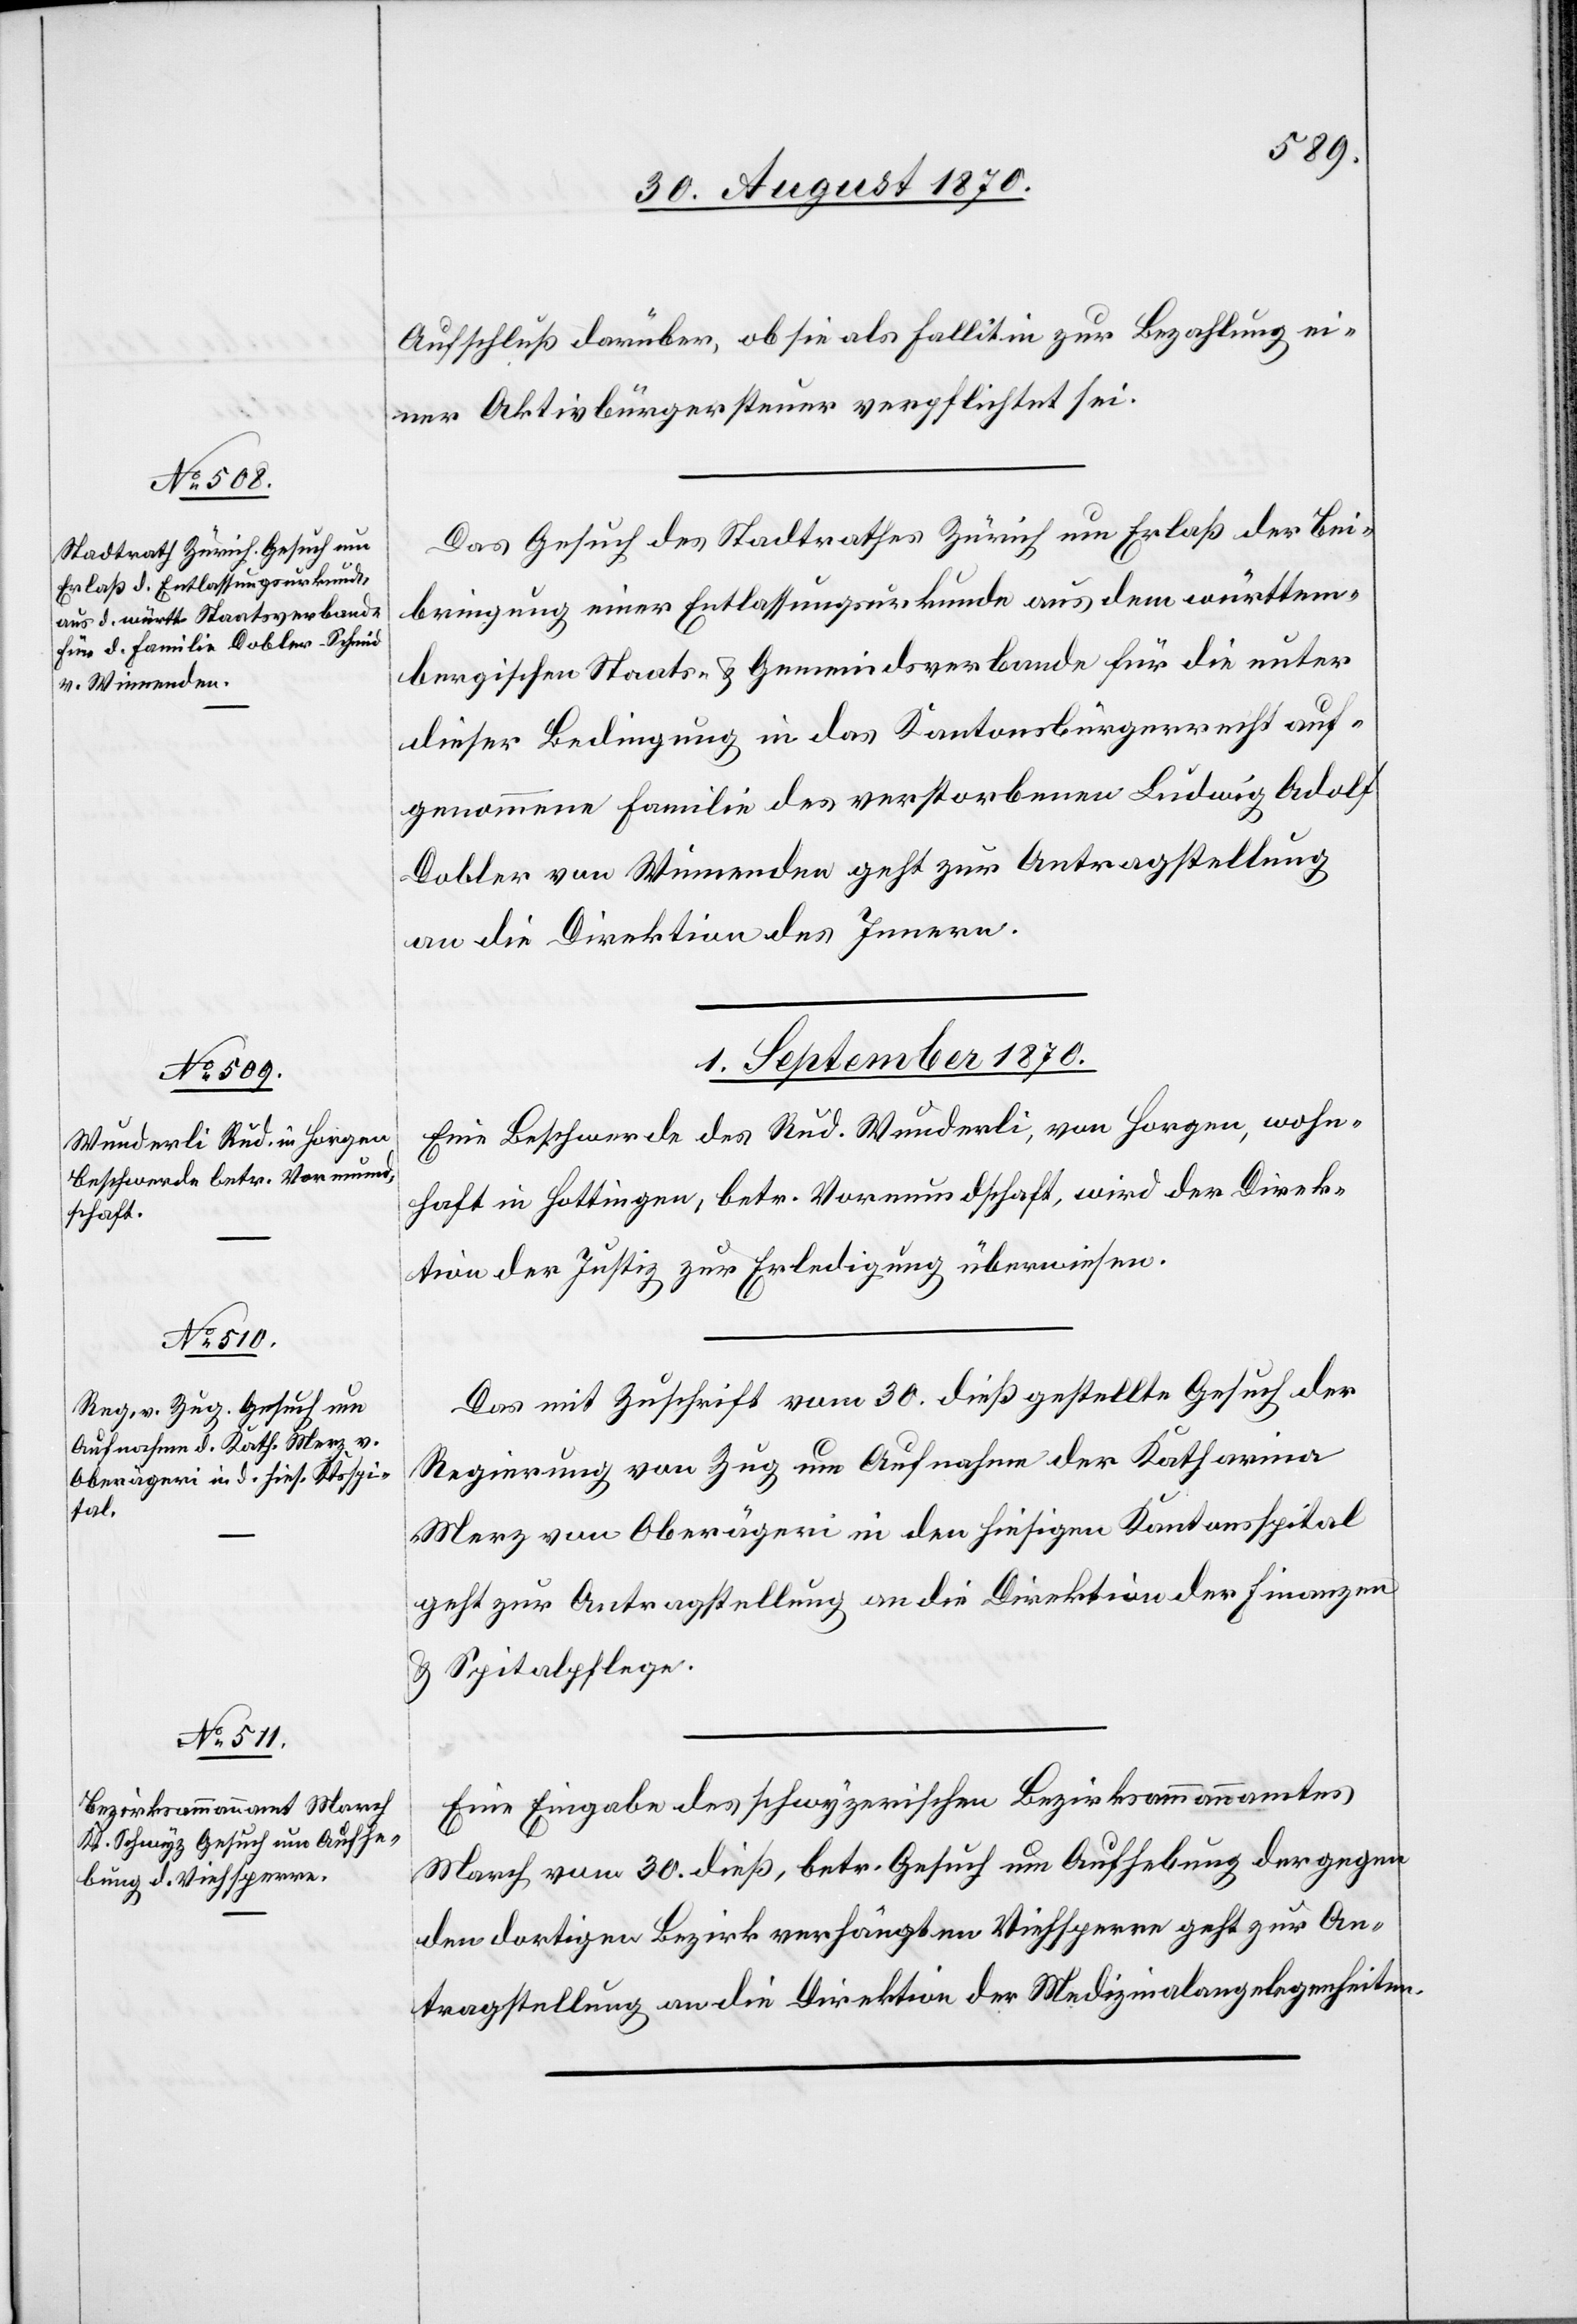
31. August 1870.]
Aufschluß darüber, ob sie als Fallitin zur Bezahlung ei¬
ner Aktivbürgersteuer verpflichtet sei.
Das Gesuch des Stadtrathes Zürich um Erlaß der Bei¬
bringung einer Entlassungsurkunde aus dem württem¬
bergischen Staats- & Gemeindsverbande für die unter
dieser Bedingung in das Kantonsbürgerrecht auf¬
genommene Familie des verstorbenen Adolf
Dobler von Winnenden geht zur Antragstellung
an die Direktion des Innern.
1. September 1870.]
Eine Beschwerde des Rud. Wunderli, von Horgen, wohn¬
haft in Hottingen, betr. Vormundschaft, wird der Direk¬
tion der Justiz zur Erledigung überwiesen.
Das mit Zuschrift vom 30. dieß [sic!] gestellte Gesuch der
Regierung von Zug um Aufnahme der Katharina
Merz von Oberägeri in den hiesigen Kantonsspital
geht zur Antragstellung an die Direktion der Finanzen
& Spitalpflege.
Eine Eingabe des schwyzerischen Bezirksammannamtes
March vom 30. dieß [sic!], betr. Gesuch um Aufhebung der gegen
den dortigen Bezirk verhängten Viehsperre geht zur An¬
tragstellung an die Direktion der Medizinalangelegenheiten.